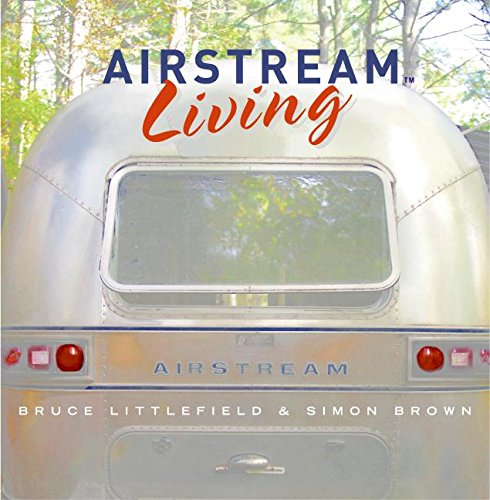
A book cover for Airstream Living; Bruce Littlefield; Crafts, Hobbies & Home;